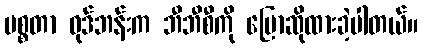
မစ္စတာ ဝုဒ်ဘန်းက ဘီဘီစီကို ပြောဆိုထားခဲ့ပါတယ်။